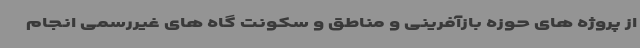
از پروژه های حوزه بازآفرینی و مناطق و سکونت گاه های غیررسمی انجام